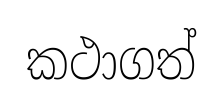
කථාගත්